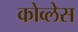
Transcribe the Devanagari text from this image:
कोव्लेस